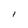
Character: I